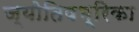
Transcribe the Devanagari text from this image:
ज्योतिषभ्रिका